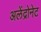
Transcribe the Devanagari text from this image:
अलेंद्रोनेट